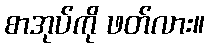
စာအုပ်ကို ဖတ်လား။